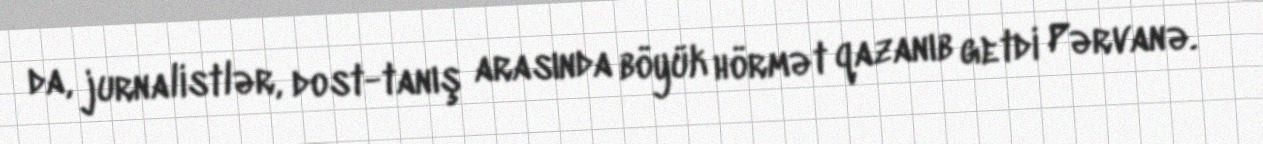
da, jurnalistlər, dost-tanış arasında böyük hörmət qazanıb getdi Pərvanə.